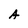
Character: A